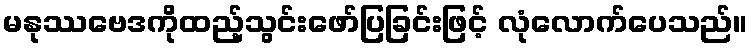
မနုဿဗေဒကိုထည့်သွင်းဖော်ပြခြင်းဖြင့် လုံလောက်ပေသည်။